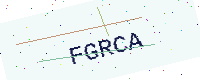
Text: FGRCA